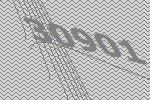
30901